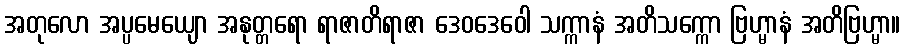
အတုလော အပ္ပမေယျော အနုတ္တရော ရာဇာတိရာဇာ ဒေဝဒေဝေါ သက္ကာနံ အတိသက္ကော ဗြဟ္မာနံ အတိဗြဟ္မာ။